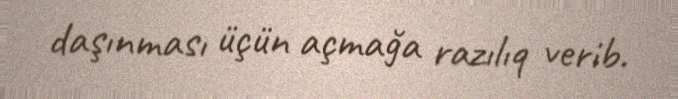
daşınması üçün açmağa razılıq verib.